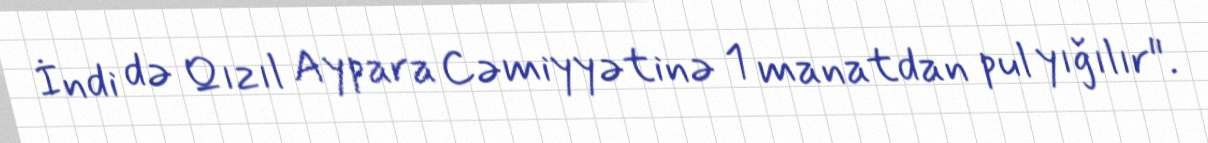
İndi də Qızıl Aypara Cəmiyyətinə 1 manatdan pul yığılır".